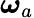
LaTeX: \boldsymbol{\omega}_{a}